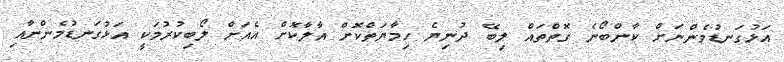
އަޅުގަނޑުމެންނަށް ކާންބޯނެ ގޮތްތައް ލިބޭ ދުނިޔެ ހިމާޔަތްކޮށް އާލާކޮށް އެއަށް ލޯބިކުރުމަކީ އަޅުގަނޑުމެންނާއި